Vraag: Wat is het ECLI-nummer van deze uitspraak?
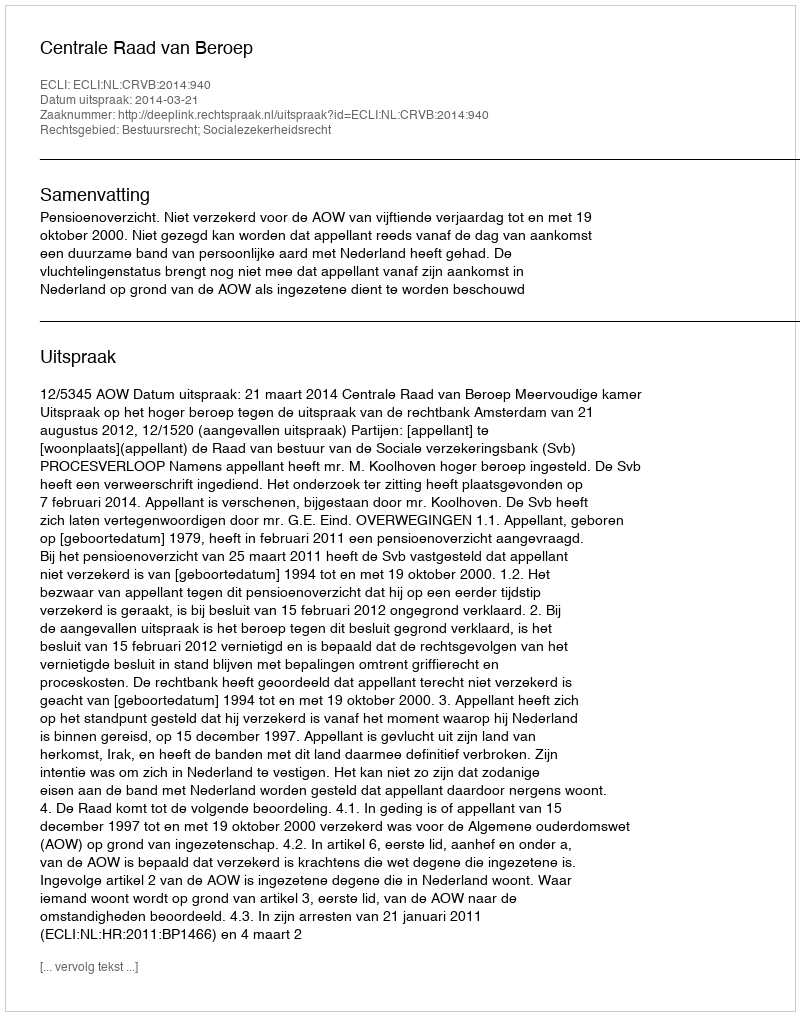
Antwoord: ECLI:NL:CRVB:2014:940